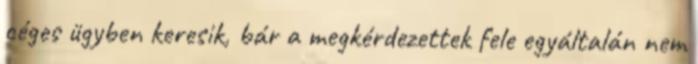
céges ügyben keresik, bár a megkérdezettek fele egyáltalán nem